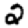
Digit: 2